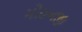
મોહનજી